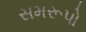
સમરૂપો